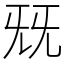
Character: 兓